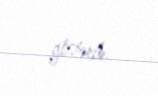
göstərib.